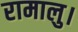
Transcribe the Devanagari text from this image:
रामालु।